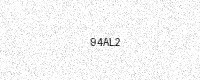
Text: 94AL2